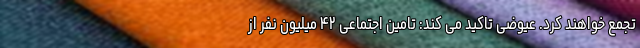
تجمع خواهند کرد. عیوضی تاکید می کند: تامین اجتماعی ۴۲ میلیون نفر از